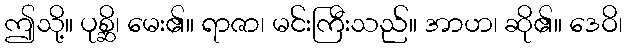
ဤသို့။ ပုစ္ဆိ၊ မေး၏။ ရာဇာ၊ မင်းကြီးသည်။ အာဟ၊ ဆို၏။ ဒေဝိ၊